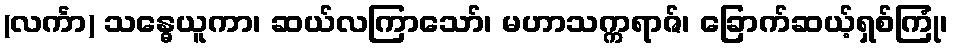
(လင်္ကာ) သန္ဓေယူကာ၊ ဆယ်လကြာသော်၊ မဟာသက္ကရာဇ်၊ ခြောက်ဆယ့်ရှစ်ကြုံ၊